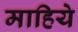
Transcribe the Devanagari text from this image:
माहिये